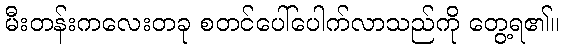
မီးတန်းကလေးတခု စတင်ပေါ်ပေါက်လာသည်ကို တွေ့ရ၏။